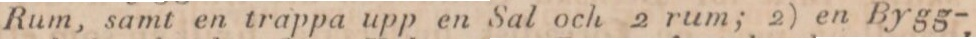
Rum, samt en trappa upp en Sal och 2 rum; 2) en Bygg-